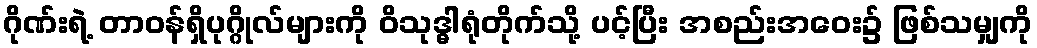
ဂိုဏ်းရဲ့ တာဝန်ရှိပုဂ္ဂိုလ်များကို ဝိသုဒ္ဓါရုံတိုက်သို့ ပင့်ပြီး အစည်းအဝေး၌ ဖြစ်သမျှကို